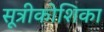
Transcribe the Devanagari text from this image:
सूत्रीकोशिका